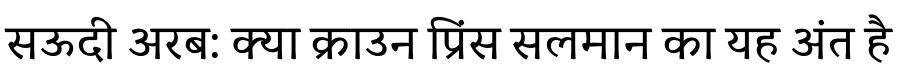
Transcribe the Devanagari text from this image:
सऊदी अरब: क्या क्राउन प्रिंस सलमान का यह अंत है